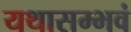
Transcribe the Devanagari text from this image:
यथासम्भवं